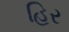
હિર